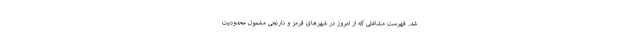
شد. فهرست مشاغلی که از امروز در شهرهای قرمز و نارنجی مشمول محدودیت